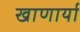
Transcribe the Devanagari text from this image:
खाणार्या